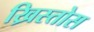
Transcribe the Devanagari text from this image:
ख्रिस्तोस